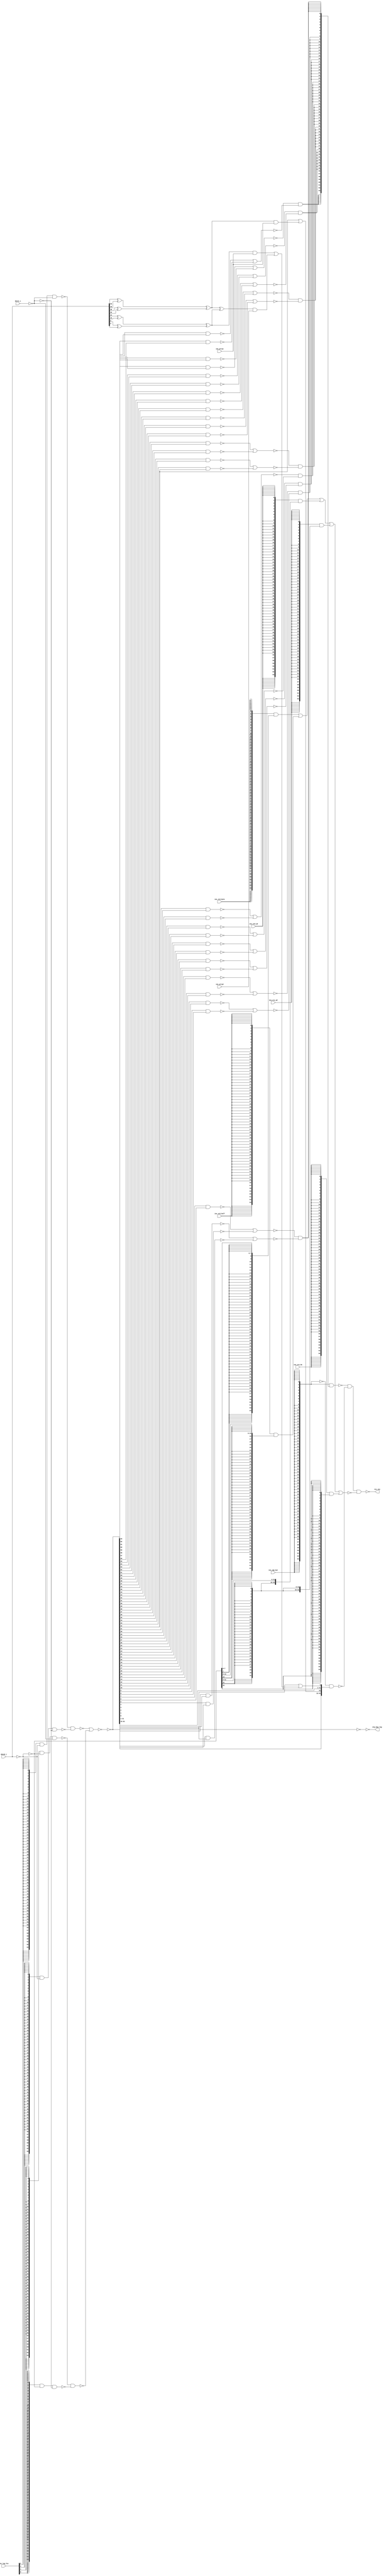
//  IBM Corp. 2020
// Licensed under the Apache License, Version 2.0 (the "License"), as modified by
// the terms below; you may not use the files in this repository except in
// compliance with the License as modified.
// You may obtain a copy of the License at http://www.apache.org/licenses/LICENSE-2.0
//
// Modified Terms:
//
//    1) For the purpose of the patent license granted to you in Section 3 of the
//    License, the "Work" hereby includes implementations of the work of authorship
//    in physical form.
//
//    2) Notwithstanding any terms to the contrary in the License, any licenses
//    necessary for implementation of the Work that are available from OpenPOWER
//    via the Power ISA End User License Agreement (EULA) are explicitly excluded
//    hereunder, and may be obtained from OpenPOWER under the terms and conditions
//    of the EULA.
//
// Unless required by applicable law or agreed to in writing, the reference design
// distributed under the License is distributed on an "AS IS" BASIS, WITHOUT
// WARRANTIES OR CONDITIONS OF ANY KIND, either express or implied. See the License
// for the specific language governing permissions and limitations under the License.
//
// Additional rights, including the ability to physically implement a softcore that
// is compliant with the required sections of the Power ISA Specification, are
// available at no cost under the terms of the OpenPOWER Power ISA EULA, which can be
// obtained (along with the Power ISA) here: https://openpowerfoundation.org.

`timescale 1 ns / 1 ns

//  Description:  XU Rotate - Insert Component
//
//*****************************************************************************

module tri_st_rot_ins(
   ins_log_fcn,
   ins_cmp_byt,
   ins_sra_wd,
   ins_sra_dw,
   ins_xtd_byte,
   ins_xtd_half,
   ins_xtd_wd,
   ins_prtyw,
   ins_prtyd,
   data0_i,
   data1_i,
   mrg_byp_log,
   res_ins
);
   input [0:3]   ins_log_fcn;		// use pass ra for rlwimi
   // rs, ra/rb
   // 0000 => "0"
   // 0001 => rs AND  rb
   // 0010 => rs AND !rb
   // 0011 => rs
   // 0100 => !rs and RB
   // 0101 =>         RB
   // 0110 => rs xor  RB
   // 0111 => rs or   RB
   // 1000 => rs nor  RB
   // 1001 => rs xnor RB (use for cmp-byt)
   // 1010 =>        !RB
   // 1011 => rs or  !rb
   // 1100 => !rs
   // 1101 => rs nand !rb, !rs or rb
   // 1110 => rs nand rb   ...
   // 1111 => "1"

   input         ins_cmp_byt;
   input         ins_sra_wd;
   input         ins_sra_dw;

   input         ins_xtd_byte;		// use with xtd
   input         ins_xtd_half;		// use with xtd
   input         ins_xtd_wd;		// use with xtd, sra

   input         ins_prtyw;
   input         ins_prtyd;

   input [0:63]  data0_i;		//data input (rs)
   input [0:63]  data1_i;		//data input (ra|rb)
   output [0:63] mrg_byp_log;
   output [0:63] res_ins;		//insert data (also result of logicals)


   wire [0:63]   mrg_byp_log_b;

   wire [0:63]   res_log;
   wire [0:7]    byt_cmp;
   wire [0:7]    byt_cmp_b;
   wire [0:63]   byt_cmp_bus;
   wire [0:63]   sign_xtd_bus;
   wire [0:63]   xtd_byte_bus;
   wire [0:63]   xtd_half_bus;
   wire [0:63]   xtd_wd_bus;
   wire [0:63]   sra_dw_bus;
   wire [0:63]   sra_wd_bus;
   wire [0:63]   res_ins0_b;
   wire [0:63]   res_ins1_b;
   wire [0:63]   res_ins2_b;
   wire [0:63]   res_log0_b;
   wire [0:63]   res_log1_b;
   wire [0:63]   res_log2_b;
   wire [0:63]   res_log3_b;
   wire [0:63]   res_log_o0;
   wire [0:63]   res_log_o1;
   wire [0:63]   res_log_b;
   wire [0:63]   res_log2;
   wire [0:3]    byt0_cmp2_b;
   wire [0:3]    byt1_cmp2_b;
   wire [0:3]    byt2_cmp2_b;
   wire [0:3]    byt3_cmp2_b;
   wire [0:3]    byt4_cmp2_b;
   wire [0:3]    byt5_cmp2_b;
   wire [0:3]    byt6_cmp2_b;
   wire [0:3]    byt7_cmp2_b;

   wire [0:1]    byt0_cmp4;
   wire [0:1]    byt1_cmp4;
   wire [0:1]    byt2_cmp4;
   wire [0:1]    byt3_cmp4;
   wire [0:1]    byt4_cmp4;
   wire [0:1]    byt5_cmp4;
   wire [0:1]    byt6_cmp4;
   wire [0:1]    byt7_cmp4;

   wire [0:63]   sel_cmp_byt;
   wire [0:63]   sel_cmp_byt_b;

   wire [0:63]   data0_b;
   wire [0:63]   data1_b;
   wire [0:63]   data0;
   wire [0:63]   data1;

   wire          prtyhw0;
   wire          prtyhw1;
   wire          prtyhw2;
   wire          prtyhw3;
   wire          prtyw0;
   wire          prtyw1;
   wire          prtyd;
   wire          prty0;
   wire          prty1;

   assign data0_b = (~data0_i);
   assign data1_b = (~data1_i);
   assign data0 = (~data0_b);
   assign data1 = (~data1_b);

   assign prtyhw0 = data0_i[7] ^ data0_i[15];
   assign prtyhw1 = data0_i[23] ^ data0_i[31];
   assign prtyhw2 = data0_i[39] ^ data0_i[47];
   assign prtyhw3 = data0_i[55] ^ data0_i[63];

   assign prtyw0 = prtyhw0 ^ prtyhw1;
   assign prtyw1 = prtyhw2 ^ prtyhw3;

   assign prtyd = prtyw0 ^ prtyw1;

   assign prty1 = (prtyw1 & ins_prtyw) | (prtyd & ins_prtyd);

   assign prty0 = (prtyw0 & ins_prtyw);

   assign res_log2[31] = res_log[31] | prty0;
   assign res_log2[63] = res_log[63] | prty1;
   assign res_log2[0:30] = res_log[0:30];
   assign res_log2[32:62] = res_log[32:62];

   assign res_log0_b[0:63] = (~({64{ins_log_fcn[0]}} & data0_b[0:63] & data1_b[0:63]));
   assign res_log1_b[0:63] = (~({64{ins_log_fcn[1]}} & data0_b[0:63] & data1[0:63]));
   assign res_log2_b[0:63] = (~({64{ins_log_fcn[2]}} & data0[0:63] & data1_b[0:63]));
   assign res_log3_b[0:63] = (~({64{ins_log_fcn[3]}} & data0[0:63] & data1[0:63]));
   assign res_log_o0[0:63] = (~(res_log0_b[0:63] & res_log1_b[0:63]));
   assign res_log_o1[0:63] = (~(res_log2_b[0:63] & res_log3_b[0:63]));
   assign res_log_b[0:63] = (~(res_log_o0[0:63] | res_log_o1[0:63]));
   assign res_log[0:63] = (~(res_log_b[0:63]));

   assign mrg_byp_log_b[0:63] = (~(res_log[0:63]));
   assign mrg_byp_log[0:63] = (~(mrg_byp_log_b[0:63]));

   assign byt0_cmp2_b[0] = (~(res_log[0] & res_log[1]));
   assign byt0_cmp2_b[1] = (~(res_log[2] & res_log[3]));
   assign byt0_cmp2_b[2] = (~(res_log[4] & res_log[5]));
   assign byt0_cmp2_b[3] = (~(res_log[6] & res_log[7]));
   assign byt1_cmp2_b[0] = (~(res_log[8] & res_log[9]));
   assign byt1_cmp2_b[1] = (~(res_log[10] & res_log[11]));
   assign byt1_cmp2_b[2] = (~(res_log[12] & res_log[13]));
   assign byt1_cmp2_b[3] = (~(res_log[14] & res_log[15]));
   assign byt2_cmp2_b[0] = (~(res_log[16] & res_log[17]));
   assign byt2_cmp2_b[1] = (~(res_log[18] & res_log[19]));
   assign byt2_cmp2_b[2] = (~(res_log[20] & res_log[21]));
   assign byt2_cmp2_b[3] = (~(res_log[22] & res_log[23]));
   assign byt3_cmp2_b[0] = (~(res_log[24] & res_log[25]));
   assign byt3_cmp2_b[1] = (~(res_log[26] & res_log[27]));
   assign byt3_cmp2_b[2] = (~(res_log[28] & res_log[29]));
   assign byt3_cmp2_b[3] = (~(res_log[30] & res_log[31]));
   assign byt4_cmp2_b[0] = (~(res_log[32] & res_log[33]));
   assign byt4_cmp2_b[1] = (~(res_log[34] & res_log[35]));
   assign byt4_cmp2_b[2] = (~(res_log[36] & res_log[37]));
   assign byt4_cmp2_b[3] = (~(res_log[38] & res_log[39]));
   assign byt5_cmp2_b[0] = (~(res_log[40] & res_log[41]));
   assign byt5_cmp2_b[1] = (~(res_log[42] & res_log[43]));
   assign byt5_cmp2_b[2] = (~(res_log[44] & res_log[45]));
   assign byt5_cmp2_b[3] = (~(res_log[46] & res_log[47]));
   assign byt6_cmp2_b[0] = (~(res_log[48] & res_log[49]));
   assign byt6_cmp2_b[1] = (~(res_log[50] & res_log[51]));
   assign byt6_cmp2_b[2] = (~(res_log[52] & res_log[53]));
   assign byt6_cmp2_b[3] = (~(res_log[54] & res_log[55]));
   assign byt7_cmp2_b[0] = (~(res_log[56] & res_log[57]));
   assign byt7_cmp2_b[1] = (~(res_log[58] & res_log[59]));
   assign byt7_cmp2_b[2] = (~(res_log[60] & res_log[61]));
   assign byt7_cmp2_b[3] = (~(res_log[62] & res_log[63]));

   assign byt0_cmp4[0] = (~(byt0_cmp2_b[0] | byt0_cmp2_b[1]));
   assign byt0_cmp4[1] = (~(byt0_cmp2_b[2] | byt0_cmp2_b[3]));
   assign byt1_cmp4[0] = (~(byt1_cmp2_b[0] | byt1_cmp2_b[1]));
   assign byt1_cmp4[1] = (~(byt1_cmp2_b[2] | byt1_cmp2_b[3]));
   assign byt2_cmp4[0] = (~(byt2_cmp2_b[0] | byt2_cmp2_b[1]));
   assign byt2_cmp4[1] = (~(byt2_cmp2_b[2] | byt2_cmp2_b[3]));
   assign byt3_cmp4[0] = (~(byt3_cmp2_b[0] | byt3_cmp2_b[1]));
   assign byt3_cmp4[1] = (~(byt3_cmp2_b[2] | byt3_cmp2_b[3]));
   assign byt4_cmp4[0] = (~(byt4_cmp2_b[0] | byt4_cmp2_b[1]));
   assign byt4_cmp4[1] = (~(byt4_cmp2_b[2] | byt4_cmp2_b[3]));
   assign byt5_cmp4[0] = (~(byt5_cmp2_b[0] | byt5_cmp2_b[1]));
   assign byt5_cmp4[1] = (~(byt5_cmp2_b[2] | byt5_cmp2_b[3]));
   assign byt6_cmp4[0] = (~(byt6_cmp2_b[0] | byt6_cmp2_b[1]));
   assign byt6_cmp4[1] = (~(byt6_cmp2_b[2] | byt6_cmp2_b[3]));
   assign byt7_cmp4[0] = (~(byt7_cmp2_b[0] | byt7_cmp2_b[1]));
   assign byt7_cmp4[1] = (~(byt7_cmp2_b[2] | byt7_cmp2_b[3]));

   assign byt_cmp_b[0] = (~(byt0_cmp4[0] & byt0_cmp4[1]));
   assign byt_cmp_b[1] = (~(byt1_cmp4[0] & byt1_cmp4[1]));
   assign byt_cmp_b[2] = (~(byt2_cmp4[0] & byt2_cmp4[1]));
   assign byt_cmp_b[3] = (~(byt3_cmp4[0] & byt3_cmp4[1]));
   assign byt_cmp_b[4] = (~(byt4_cmp4[0] & byt4_cmp4[1]));
   assign byt_cmp_b[5] = (~(byt5_cmp4[0] & byt5_cmp4[1]));
   assign byt_cmp_b[6] = (~(byt6_cmp4[0] & byt6_cmp4[1]));
   assign byt_cmp_b[7] = (~(byt7_cmp4[0] & byt7_cmp4[1]));

   assign byt_cmp[0] = (~(byt_cmp_b[0]));
   assign byt_cmp[1] = (~(byt_cmp_b[1]));
   assign byt_cmp[2] = (~(byt_cmp_b[2]));
   assign byt_cmp[3] = (~(byt_cmp_b[3]));
   assign byt_cmp[4] = (~(byt_cmp_b[4]));
   assign byt_cmp[5] = (~(byt_cmp_b[5]));
   assign byt_cmp[6] = (~(byt_cmp_b[6]));
   assign byt_cmp[7] = (~(byt_cmp_b[7]));

   assign byt_cmp_bus[0:7]   = {8{byt_cmp[0]}};
   assign byt_cmp_bus[8:15]  = {8{byt_cmp[1]}};
   assign byt_cmp_bus[16:23] = {8{byt_cmp[2]}};
   assign byt_cmp_bus[24:31] = {8{byt_cmp[3]}};
   assign byt_cmp_bus[32:39] = {8{byt_cmp[4]}};
   assign byt_cmp_bus[40:47] = {8{byt_cmp[5]}};
   assign byt_cmp_bus[48:55] = {8{byt_cmp[6]}};
   assign byt_cmp_bus[56:63] = {8{byt_cmp[7]}};

   assign xtd_byte_bus[0:63] = {{57{data0[56]}}, data0[57:63]};
   assign xtd_half_bus[0:63] = {{49{data0[48]}}, data0[49:63]};

   assign xtd_wd_bus[0:63] = {{33{data0[32]}}, data0[33:63]};
   assign sra_wd_bus[0:63] = {64{data0[32]}};		// all the bits for sra
   assign sra_dw_bus[0:63] = {64{data0[0]}};		// all the bits for sra

   assign sign_xtd_bus[0:63] = ({64{ins_xtd_byte}} & xtd_byte_bus[0:63]) |
                               ({64{ins_xtd_half}} & xtd_half_bus[0:63]) |
                               ({64{ins_xtd_wd}}   & xtd_wd_bus[0:63]) |
                               ({64{ins_sra_wd}}   & sra_wd_bus[0:63]) |
                               ({64{ins_sra_dw}}   & sra_dw_bus[0:63]);

   assign sel_cmp_byt   =  {64{ins_cmp_byt}};
   assign sel_cmp_byt_b = ~{64{ins_cmp_byt}};

   assign res_ins0_b[0:63] = (~(sel_cmp_byt & byt_cmp_bus[0:63]));
   assign res_ins1_b[0:63] = (~(sel_cmp_byt_b & res_log2[0:63]));
   assign res_ins2_b[0:63] = (~(sign_xtd_bus[0:63]));

   assign res_ins[0:63] = (~(res_ins0_b[0:63] & res_ins1_b[0:63] & res_ins2_b[0:63]));		//output--



endmodule